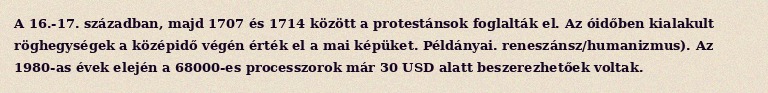
A 16.-17. században, majd 1707 és 1714 között a protestánsok foglalták el. Az óidőben kialakult röghegységek a középidő végén érték el a mai képüket. Példányai. reneszánsz/humanizmus). Az 1980-as évek elején a 68000-es processzorok már 30 USD alatt beszerezhetőek voltak.